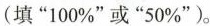
(填”100%”或”50%”)。